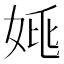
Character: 𡜞